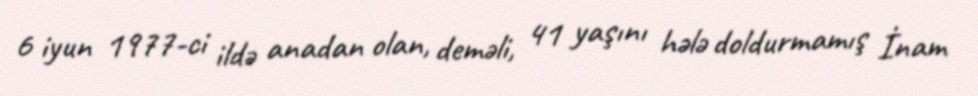
6 iyun 1977-ci ildə anadan olan, deməli, 41 yaşını hələ doldurmamış İnam